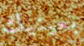
بعينيك